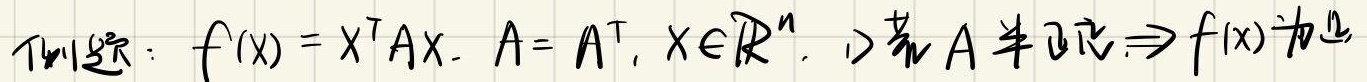
Thm 5.2: $f(x)=x^{T}Ax, A = A^{T}, x\in\mathbb{R}^{n}$. 1) 若 $A$ 半正定 $\Rightarrow f(x)$ 为凸.